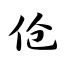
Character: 伧